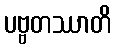
ပဗ္ဗတဿာတိ